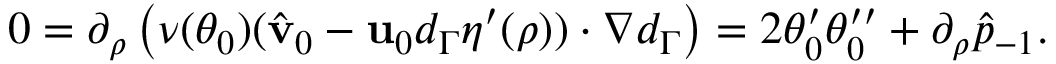
\begin{array} { r } { 0 = \partial _ { \rho } \left( \nu ( \theta _ { 0 } ) ( \hat { \mathbf { v } } _ { 0 } - \mathbf { u } _ { 0 } d _ { \Gamma } \eta ^ { \prime } ( \rho ) ) \cdot \nabla d _ { \Gamma } \right) = 2 \theta _ { 0 } ^ { \prime } \theta _ { 0 } ^ { \prime \prime } + \partial _ { \rho } \hat { p } _ { - 1 } . } \end{array}